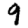
Digit: 9